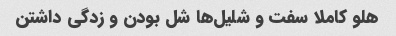
هلو کاملا سفت و شلیل‌ها شل بودن و زدگی داشتن